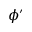
\phi ^ { \prime }